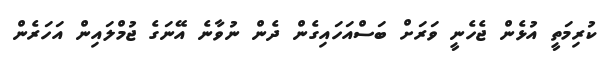
ކުރިމަތީ އުޅެން ޖެހެނީ ވަރަށް ބަސްއަހައިގެން ދެން ނުވާނެ އޭނަގެ ޖުމްލައިން އަހަރެން